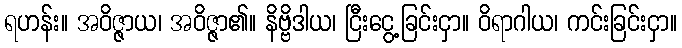
ရဟန်း။ အဝိဇ္ဇာယ၊ အဝိဇ္ဇာ၏။ နိဗ္ဗိဒါယ၊ ငြီးငွေ့ခြင်းငှာ။ ဝိရာဂါယ၊ ကင်းခြင်းငှာ။